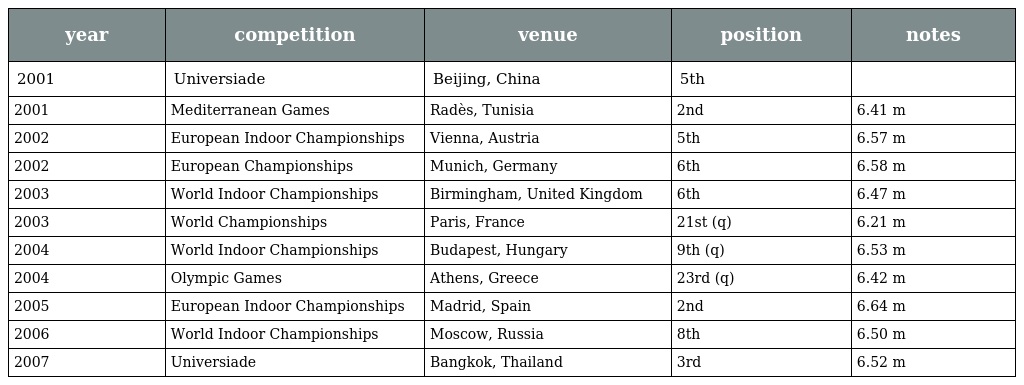
| year | competition | venue | position | notes |
 | --- | --- | --- | --- | --- |
 | 2001 | Universiade | Beijing, China | 5th |  |
 | 2001 | Mediterranean Games | Radès, Tunisia | 2nd | 6.41 m |
 | 2002 | European Indoor Championships | Vienna, Austria | 5th | 6.57 m |
 | 2002 | European Championships | Munich, Germany | 6th | 6.58 m |
 | 2003 | World Indoor Championships | Birmingham, United Kingdom | 6th | 6.47 m |
 | 2003 | World Championships | Paris, France | 21st (q) | 6.21 m |
 | 2004 | World Indoor Championships | Budapest, Hungary | 9th (q) | 6.53 m |
 | 2004 | Olympic Games | Athens, Greece | 23rd (q) | 6.42 m |
 | 2005 | European Indoor Championships | Madrid, Spain | 2nd | 6.64 m |
 | 2006 | World Indoor Championships | Moscow, Russia | 8th | 6.50 m |
 | 2007 | Universiade | Bangkok, Thailand | 3rd | 6.52 m |